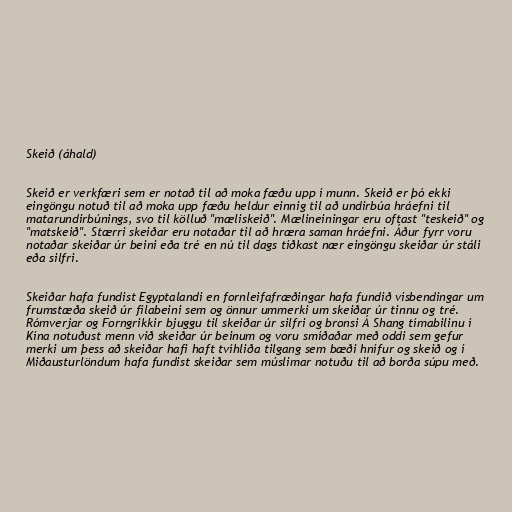
Skeið (áhald)

Skeið er verkfæri sem er notað til að moka fæðu upp í munn. Skeið er þó ekki
eingöngu notuð til að moka upp fæðu heldur einnig til að undirbúa hráefni til
matarundirbúnings, svo til kölluð "mæliskeið". Mælineiningar eru oftast "teskeið" og
"matskeið". Stærri skeiðar eru notaðar til að hræra saman hráefni. Áður fyrr voru
notaðar skeiðar úr beini eða tré en nú til dags tíðkast nær eingöngu skeiðar úr stáli
eða silfri.

Skeiðar hafa fundist Egyptalandi en fornleifafræðingar hafa fundið vísbendingar um
frumstæða skeið úr fílabeini sem og önnur ummerki um skeiðar úr tinnu og tré.
Rómverjar og Forngrikkir bjuggu til skeiðar úr silfri og bronsi Á Shang tímabilinu í
Kína notuðust menn við skeiðar úr beinum og voru smíðaðar með oddi sem gefur
merki um þess að skeiðar hafi haft tvíhliða tilgang sem bæði hnífur og skeið og í
Miðausturlöndum hafa fundist skeiðar sem múslimar notuðu til að borða súpu með.